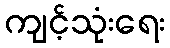
ကျင့်သုံးရေး